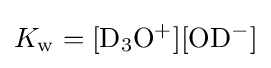
K_{\rm {w}}=[{\rm {D_{3}O^{+}}}][{\rm {OD^{-}}}]